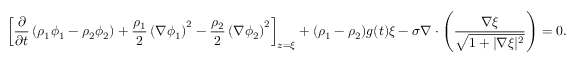
\left[ \frac { \partial } { \partial t } \left( \rho _ { 1 } \phi _ { 1 } - \rho _ { 2 } \phi _ { 2 } \right) + \frac { \rho _ { 1 } } { 2 } \left( \nabla \phi _ { 1 } \right) ^ { 2 } - \frac { \rho _ { 2 } } { 2 } \left( \nabla \phi _ { 2 } \right) ^ { 2 } \right] _ { z = \xi } + ( \rho _ { 1 } - \rho _ { 2 } ) g ( t ) \xi - \sigma \nabla \cdot \left( \frac { \nabla \xi } { \sqrt { 1 + | \nabla \xi | ^ { 2 } } } \right) = 0 .